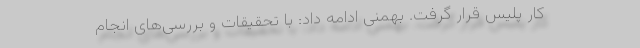
کار پلیس قرار گرفت. بهمنی ادامه داد: با تحقیقات و بررسی‌های انجام